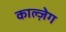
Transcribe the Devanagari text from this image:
काल्ज़ेग